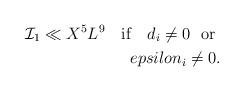
LaTeX: \begin{align*}\mathcal{I}_1\ll X^5L^{9}\ \ \textrm{ if } \ \ d_i\not=0\ \textrm{ or } \\epsilon_i\not=0.\end{align*}